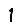
Digit: 1